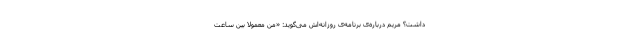
داشت؟ مریم درباره‌ی برنامه‌ی روزانه‌اش می‌گوید: «من معمولاً بین ساعت